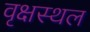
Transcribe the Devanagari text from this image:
वृक्षस्थल